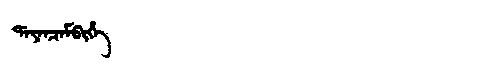
Manchu: ᡩᠠᠶᠠᠨᠴᠠᠮᠪᡳᡥᡝ
Romanization: DAYANCAMBIHE